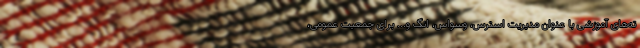
ته‌های آموزشی با عنوان مدیریت استرس، وسواس، انگ و... برای جمعیت عمومی،